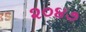
૨૦૪૭